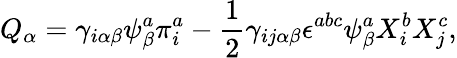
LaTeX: Q_{\alpha}=\gamma_{i\alpha\beta}\psi_{\beta}^{a}\pi_{i}^{a}-\frac{1}{2}\gamma_{ij\alpha\beta}\epsilon^{abc}\psi_{\beta}^{a}X_{i}^{b}X_{j}^{c},